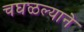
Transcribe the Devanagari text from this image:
चघळल्याने